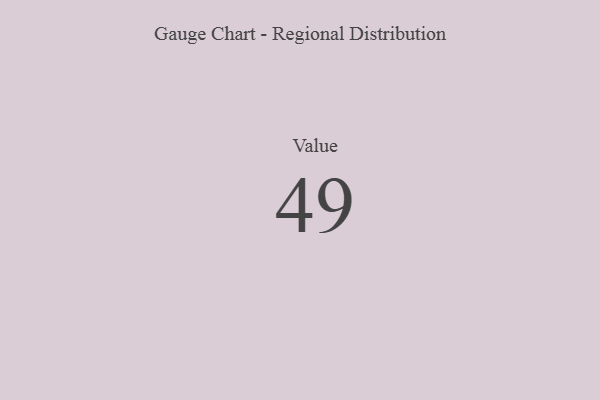
{"axis": {"x": "Metric", "y": "Value"}, "legend": [""], "data": [{"x": "Value", "y": 49, "type": ""}]}